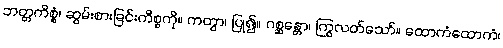
ဘတ္တကိစ္စံ၊ ဆွမ်းစားခြင်းကိစ္စကို။ ကတွာ၊ ပြု၍။ ဂစ္ဆန္တော၊ ကြွလတ်သော်။ ထောကံထောကံ၊